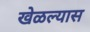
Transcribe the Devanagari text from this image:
खेळल्यास